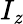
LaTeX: I_{\mathit{z}}